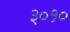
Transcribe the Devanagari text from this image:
३०१०